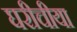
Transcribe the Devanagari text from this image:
घरीचीया